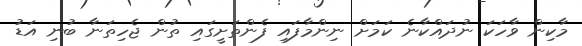
މާކިން ވާހަކަ ނުދައްކާނެ ކަމަށް ނިންމާފައި ފެންތަށީގައި ތުން ޖެހިތަނާ ބުނި އަޑު